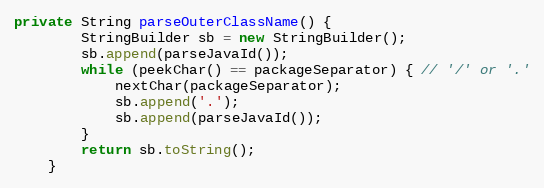
Language: Java
private String parseOuterClassName() {
		StringBuilder sb = new StringBuilder();
		sb.append(parseJavaId());
		while (peekChar() == packageSeparator) { // '/' or '.'
			nextChar(packageSeparator);
			sb.append('.');
			sb.append(parseJavaId());
		}
		return sb.toString();
	}